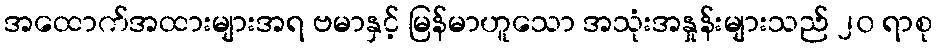
အထောက်အထားများအရ ဗမာနှင့် မြန်မာဟူသော အသုံးအနှုန်းများသည် ၂၀ ရာစု